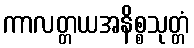
ကာလတ္တယအနိစ္စသုတ္တံ